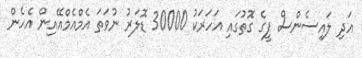
އަދި ލައިސެންސް ފީގެ ގޮތުގައި އަހަރަކު 30000 ޑޮލަރު ނުވަތަ އެމްއެމްއޭއިން އެހެން